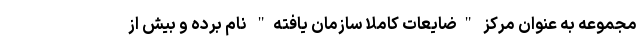
مجموعه به عنوان مرکز "ضایعات کاملا سازمان یافته" نام برده و بیش از